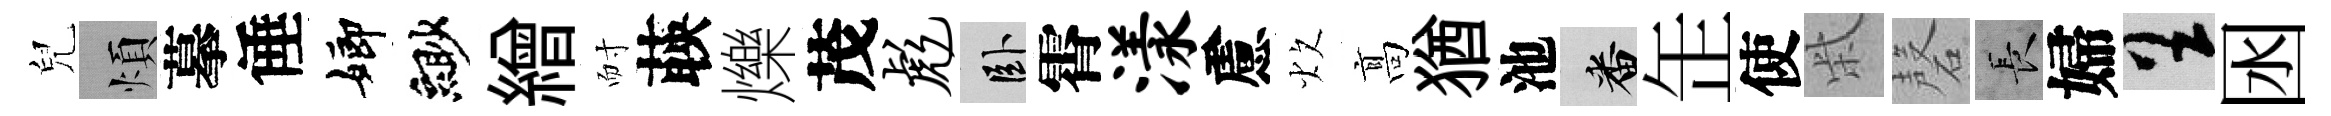
兒煩摹倕嫏緲繒耐𦴤爍茂彪卧霄漾慮炊髙猶池番𦈢使柴磬长婦呈囦